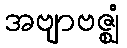
အဗျာဗဇ္ဈံ